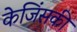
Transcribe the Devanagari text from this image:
केजिंसकी